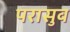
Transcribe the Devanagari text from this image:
परासुव